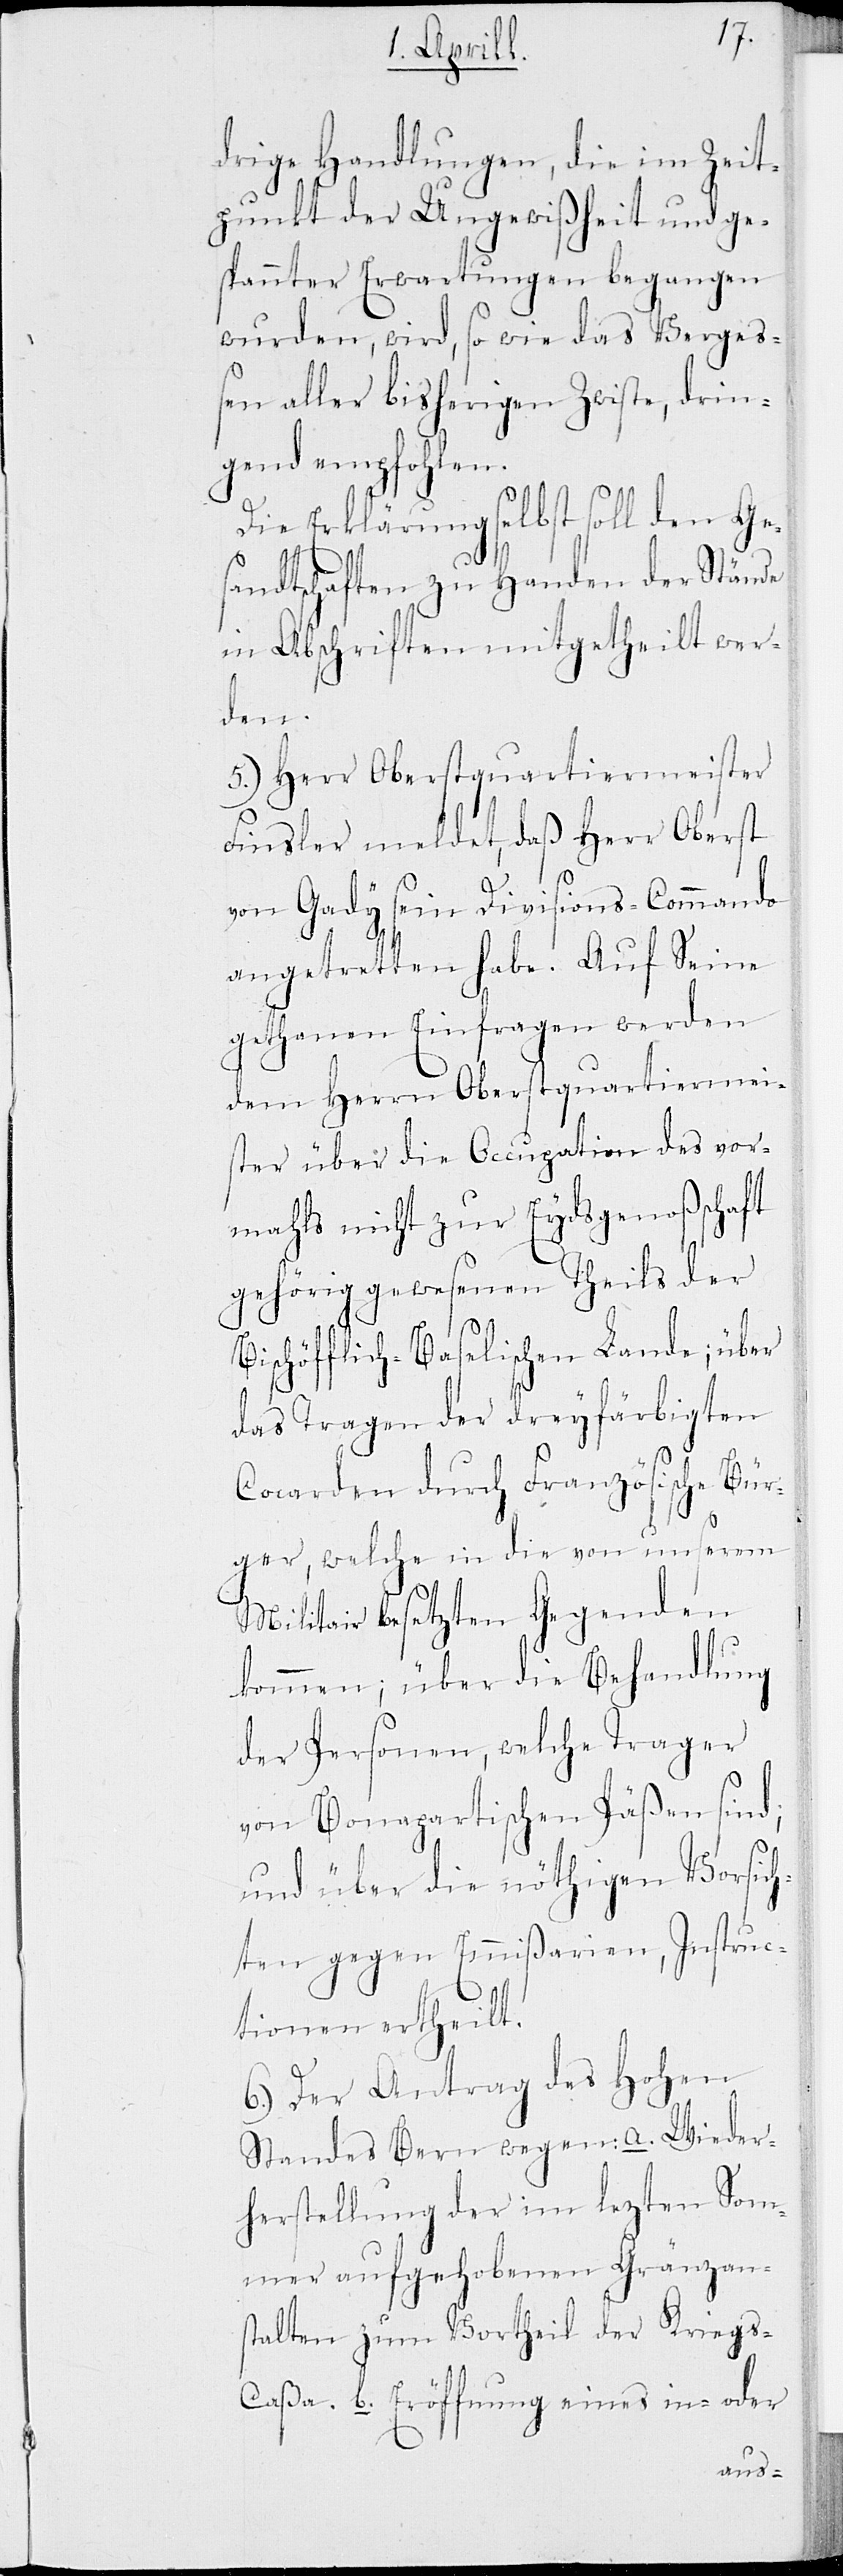
drige Handlungen, die im Zeit¬
punkt der Ungewißheit und ge¬
spannter Erwartungen begangen
wurden, wird, so wie das Verge¬
ßen aller bisherigen Zwiste, drin¬
gend empfohlen.
Die Erklärung selbst soll den Ges¬
andtschaften zu Handen der Stände
in Abschriften mitgetheilt wer¬
den.
5.) Herr Oberstquartiermeister
Finsler meldet, daß Herr Oberst
von Gady sein Divisions-Commando
angetretten habe. Auf Seine
gethanen Einfragen werden
dem Herrn Oberstquartiermei¬
ster über die Occupation des vor¬
mahls nicht zur Eydsgenoßenschaft
gehörig gewesenen Theils der
Bischöfflich-Baselischen Lande; über
das Tragen der dreyfärbigten
Cocarden durch Französische Bür¬
ger, welche in die von unserem
Militair besetzten Gegenden
kommen; über die Behandlung
der Personen, welche Trager
von Bonapartischen Päßen sind;
und über die nöthigen Vorsic¬
hten gegen Emmißarien, Instruc¬
tionen ertheilt.
6.) Der Antrag des Hohen
Standes Bern wegen: a. Wieder¬
herstellung der im lezten Som¬
mer aufgehobenen Gränzans¬
talten zum Vortheil der Kriegs-C¬
aßa. b. Eröffnung eines in- oder